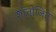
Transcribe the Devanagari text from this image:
शॉत्तोजित्